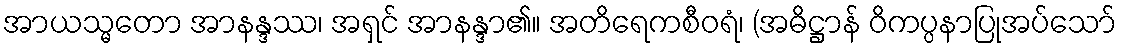
အာယသ္မတော အာနန္ဒဿ၊ အရှင် အာနန္ဒာ၏။ အတိရေကစီဝရံ၊ (အဓိဋ္ဌာန် ဝိကပ္ပနာပြုအပ်သော်